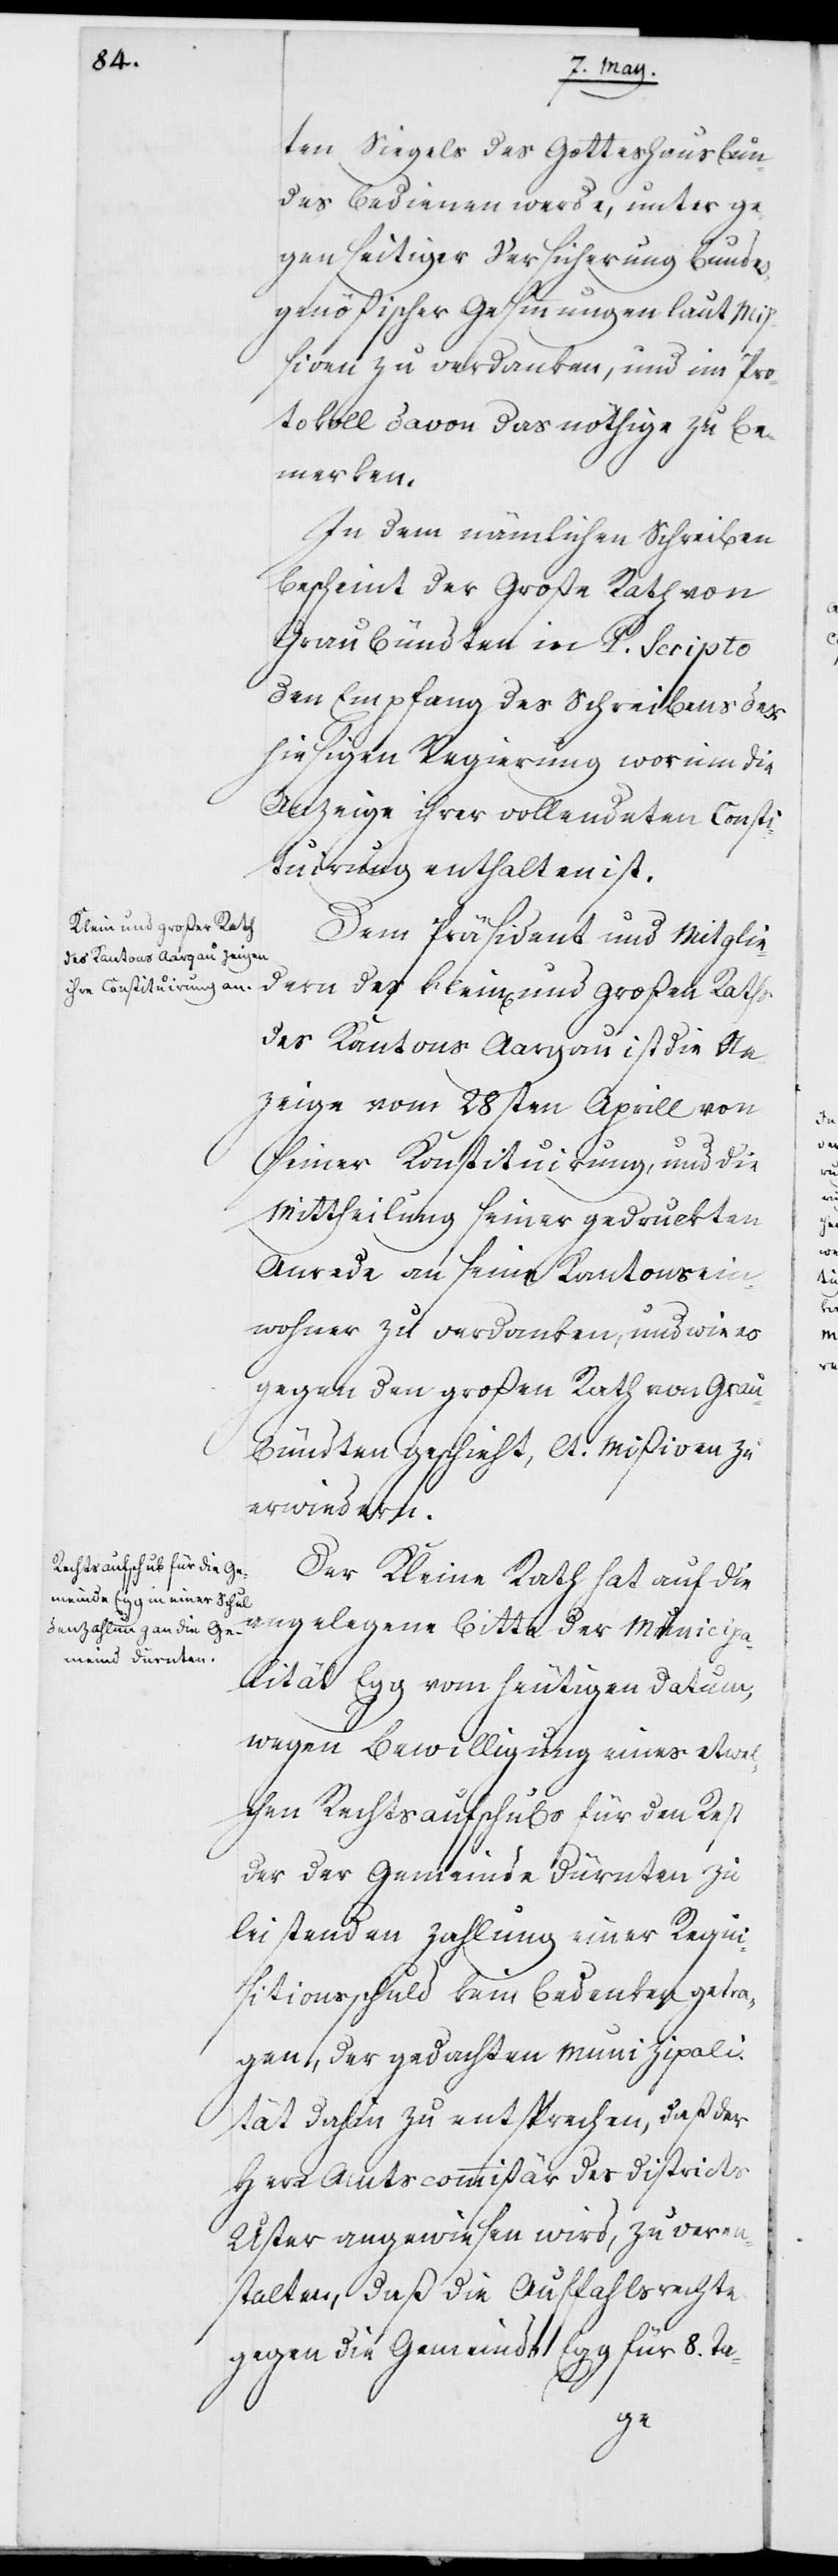
ten Siegels des Gotteshausbun¬
des bedienen werde, unter ge¬
genseitiger Versicherung bundes¬
genößischer Gesinnungen laut Mi¬
ßiven zu verdanken, und im Pro¬
tokoll davon das nöthige zu be¬
merken.
In dem nämlichen Schreiben
bescheint der Große Rath von
Graubündten in P. Scripto
den Empfang des Schreibens der
hiesigen Regierung worinn die
Anzeige ihrer vollendeten Consti¬
tuirung enthalten ist.
Dem Präsident und Mitglie¬
dern des klein und großen Raths
des Kantons Aargau ist die An¬
zeige vom 28sten Aprill von
seiner Konstituirung, und die
Mittheilung seiner gedruckten
Anrede an seine Kantonsein¬
wohner zu verdanken, und wie es
gegen den großen Rath von Graub¬
ündten geschieht, lt. Mißiven zu
erwiedern.
Der Kleine Rath hat auf die
angelegene Bitte der Municipa¬
lität Egg vom heutigen Datum,
wegen Bewilligung eines etwel¬
chen Rechtsaufschubs für den Rest
der der Gemeinde Dürnten zu
leistenden Zahlung einer Requi¬
sitionsschuld kein Bedenken getra¬
gen, der gedachten Municipali¬
tät dahin zu entsprechen, daß der
Herr Amtscommißär des Districts
Uster angewiesen wird, zu veran¬
stalten, daß die Auffahlsrechte
gegen die Gemeinde Egg für 8. Ta-